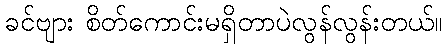
ခင်ဗျား စိတ်ကောင်းမရှိတာပဲလွန်လွန်းတယ်။